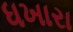
ધખારા